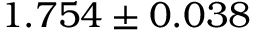
1 . 7 5 4 \pm 0 . 0 3 8